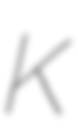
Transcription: K